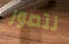
نتصور